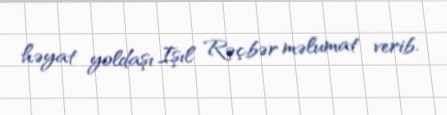
həyat yoldaşı Işıl Rəçbər məlumat verib.